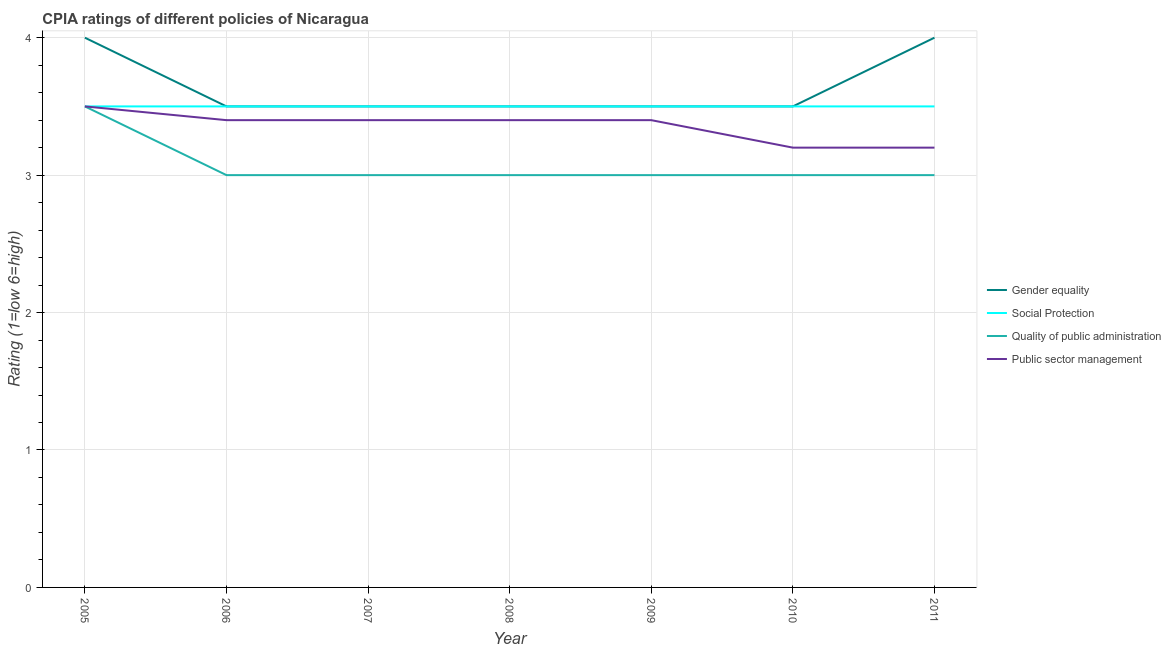
| Year | Gender equality | Social Protection | Quality of public administration | Public sector management |
 | --- | --- | --- | --- | --- |
 | 2005 | 4 | 3.5 | 3.5 | 3.5 |
 | 2006 | 3.5 | 3.5 | 3 | 3.4 |
 | 2007 | 3.5 | 3.5 | 3 | 3.4 |
 | 2008 | 3.5 | 3.5 | 3 | 3.4 |
 | 2009 | 3.5 | 3.5 | 3 | 3.4 |
 | 2010 | 3.5 | 3.5 | 3 | 3.2 |
 | 2011 | 4 | 3.5 | 3 | 3.2 |